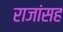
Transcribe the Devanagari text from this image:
राजांसह